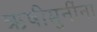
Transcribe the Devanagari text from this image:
ऋषीमुनींना